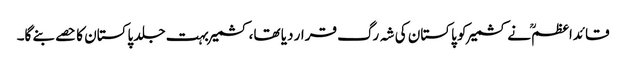
قائداعظمؒ نے کشمیر کو پاکستان کی شہ رگ قرار دیا تھا، کشمیر بہت جلد پاکستان کا حصے بنے گا۔